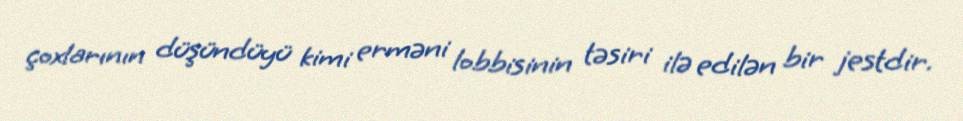
çoxlarının düşündüyü kimi erməni lobbisinin təsiri ilə edilən bir jestdir.